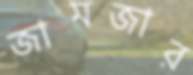
জামজার